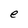
Character: e